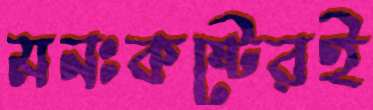
মনঃকষ্টেরই